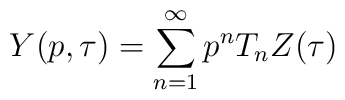
Y(p,\tau )=\sum _{n=1}^{\infty }p^{n}T_{n}Z(\tau )